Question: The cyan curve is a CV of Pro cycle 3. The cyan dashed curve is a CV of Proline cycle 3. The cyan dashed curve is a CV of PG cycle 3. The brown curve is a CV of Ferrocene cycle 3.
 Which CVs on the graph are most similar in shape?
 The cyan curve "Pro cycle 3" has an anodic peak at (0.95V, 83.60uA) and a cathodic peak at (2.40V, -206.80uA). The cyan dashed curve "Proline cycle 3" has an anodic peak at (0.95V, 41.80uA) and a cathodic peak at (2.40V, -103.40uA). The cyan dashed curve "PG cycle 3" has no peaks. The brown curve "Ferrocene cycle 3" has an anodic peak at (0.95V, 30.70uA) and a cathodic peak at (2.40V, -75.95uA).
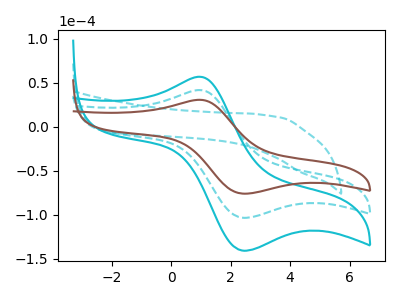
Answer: <think>All the peaks in "Pro cycle 3" have a peak in "Proline cycle 3" at the same potential. Every peak in "Pro cycle 3" is higher than every peak in "Proline cycle 3". "Pro cycle 3" and "PG cycle 3" have a different number of peaks. All the peaks in "Pro cycle 3" have a peak in "Ferrocene cycle 3" at the same potential. Every peak in "Pro cycle 3" is higher than every peak in "Ferrocene cycle 3". "Proline cycle 3" and "PG cycle 3" have a different number of peaks. All the peaks in "Proline cycle 3" have a peak in "Ferrocene cycle 3" at the same potential. Every peak in "Proline cycle 3" is higher than every peak in "Ferrocene cycle 3". "PG cycle 3" and "Ferrocene cycle 3" have a different number of peaks.
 </think>
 <answer>"Ferrocene cycle 3", "Pro cycle 3" and "Proline cycle 3" have the same shape and are likely CV's of the same chemical.</answer>
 <eval>"Ferrocene cycle 3" "Pro cycle 3" "Proline cycle 3"</eval>